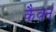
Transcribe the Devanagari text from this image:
कैवर्न